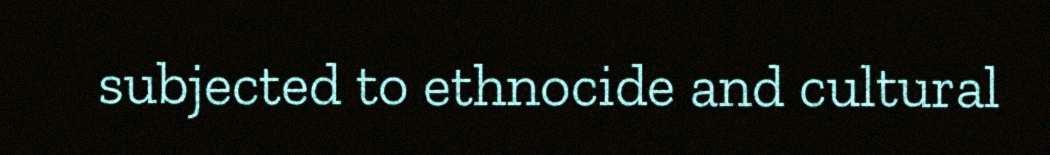
subjected to ethnocide and cultural